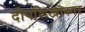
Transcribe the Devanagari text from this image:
दीपशिखाकार